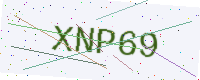
Text: XNP69